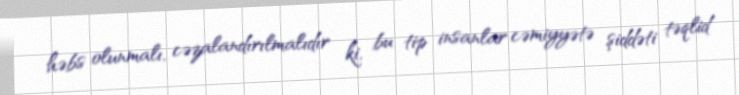
həbs olunmalı, cəzalandırılmalıdır ki, bu tip insanlar cəmiyyətə şiddəti təqlid